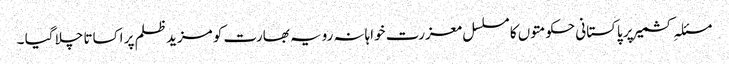
مسئلہِ کشمیر پر پاکستانی حکومتوں کا مسلسل معزرت خواہانہ رویہ بھارت کو مزید ظلم پر اکساتا چلا گیا ۔